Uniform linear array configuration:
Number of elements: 8
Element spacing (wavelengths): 1
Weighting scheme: exponential
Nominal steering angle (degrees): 60
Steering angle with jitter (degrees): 59.261
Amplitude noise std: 0.05
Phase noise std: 0.05

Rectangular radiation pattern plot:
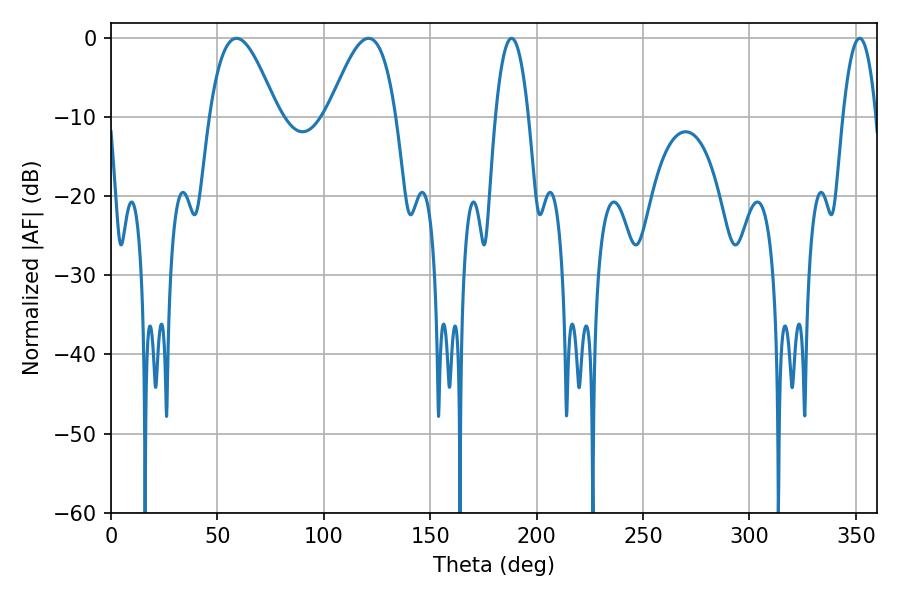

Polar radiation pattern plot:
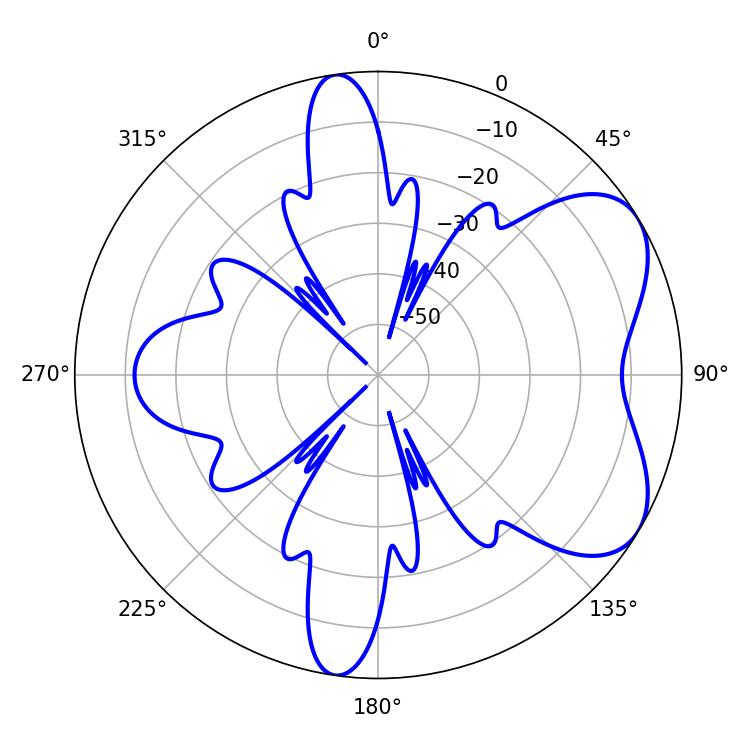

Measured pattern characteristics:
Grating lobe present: TRUE
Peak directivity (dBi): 5.851
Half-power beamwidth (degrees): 17.28
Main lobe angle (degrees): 120.96